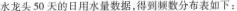
水龙头50天的日用水量数据，得到频数分布表如下：